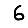
Digit: 6